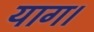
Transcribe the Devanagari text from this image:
याग।